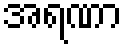
အရဏာ